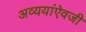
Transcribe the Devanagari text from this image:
अव्ययांऐवजी